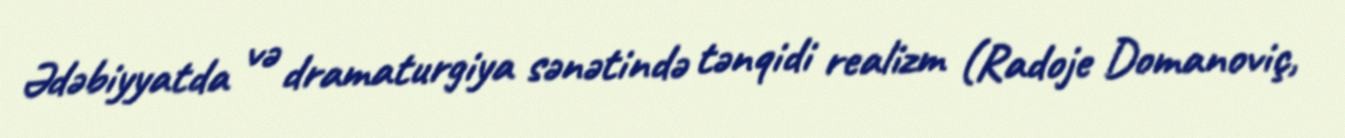
Ədəbiyyatda və dramaturgiya sənətində tənqidi realizm (Radoje Domanoviç,